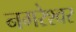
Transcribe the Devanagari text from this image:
नगरेश्वर